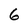
Character: 6